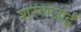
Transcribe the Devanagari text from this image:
शरणजाईं